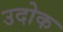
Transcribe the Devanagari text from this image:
उदोक